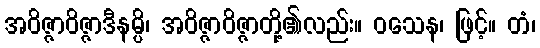
အဝိဇ္ဇာဝိဇ္ဇာဒီနမ္ပိ၊ အဝိဇ္ဇာဝိဇ္ဇာတို့၏လည်း။ ဝသေန၊ ဖြင့်။ တံ၊